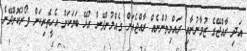
އަދި ރާއްޖޭގެ ޒުވާނުނާއި ރައްޔިތުންނެއް ރާއްޖެއަށް ގެއްލުންދޭން އުޅޭ ބަޔަކަށް އެހީތެރިކަން ފޯރުކޮށްދޭނެ